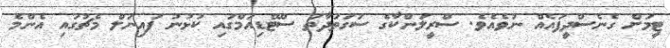
ޓީމަށް ގެނެސްދީފައެއް ނުވެއެވެ. ސްރީލަންކާގެ ސުގަތަދާތަ ސްޓޭޑިއަމްގައި ކުުޅުނު ފައިނަލް މެޗުގައި އެންމެ